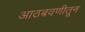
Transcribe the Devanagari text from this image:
आठबवणीतून